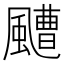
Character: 𩘳